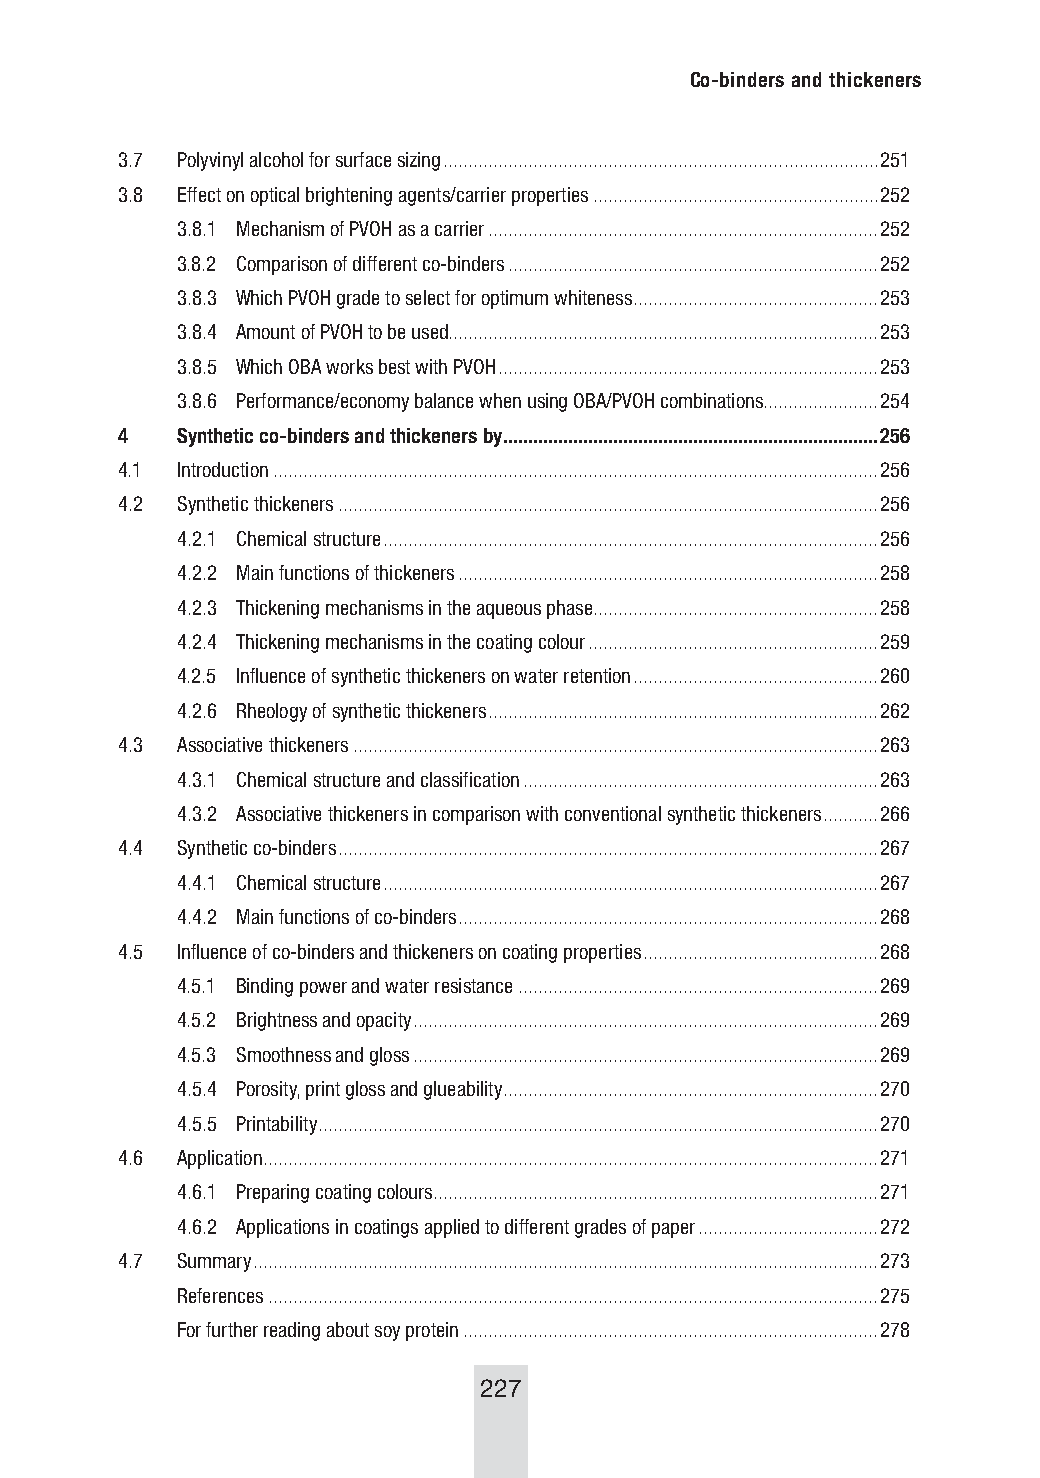
Co-binders and thickeners
 3.7 Polyvinyl alcohol for surface sizing .......................................................................................251
 3.8 Effect on optical brightening agents/carrier properties .........................................................252
 3.8.1 Mechanism of PVOH as a carrier ..............................................................................252
 3.8.2 Comparison of different co-binders ..........................................................................252
 3.8.3 Which PVOH grade to select for optimum whiteness .................................................253
 3.8.4 Amount of PVOH to be used......................................................................................253
 3.8.5 Which OBA works best with PVOH ............................................................................253
 3.8.6 Performance/economy balance when using OBA/PVOH combinations .......................254
 4   Synthetic co-binders and thickeners by ...........................................................................256
 4.1 Introduction .........................................................................................................................256
 4.2 Synthetic thickeners ............................................................................................................256
 4.2.1 Chemical structure ...................................................................................................256
 4.2.2 Main functions of thickeners ....................................................................................258
 4.2.3 Thickening mechanisms in the aqueous phase .........................................................258
 4.2.4 Thickening mechanisms in the coating colour ..........................................................259
 4.2.5 Influence of synthetic thickeners on water retention .................................................260
 4.2.6 Rheology of synthetic thickeners ..............................................................................262
 4.3 Associative thickeners .........................................................................................................263
 4.3.1 Chemical structure and classification .......................................................................263
 4.3.2 Associative thickeners in comparison with conventional synthetic thickeners ...........266
 4.4 Synthetic co-binders ............................................................................................................267
 4.4.1 Chemical structure ...................................................................................................267
 4.4.2 Main functions of co-binders ....................................................................................268
 4.5 Influence of co-binders and thickeners on coating properties ...............................................268
 4.5.1 Binding power and water resistance ........................................................................269
 4.5.2 Brightness and opacity .............................................................................................269
 4.5.3 Smoothness and gloss .............................................................................................269
 4.5.4 Porosity, print gloss and glueability ...........................................................................270
 4.5.5 Printability ................................................................................................................270
 4.6 Application ...........................................................................................................................271
 4.6.1 Preparing coating colours .........................................................................................271
 4.6.2 Applications in coatings applied to different grades of paper ....................................272
 4.7 Summary .............................................................................................................................273
 References ..........................................................................................................................275
 For further reading about soy protein ...................................................................................278
 227